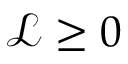
\mathcal { L } \ge 0